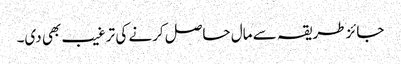
جائز طریقہ سے مال حاصل کرنے کی ترغیب بھی دی۔